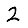
Digit: 2